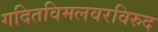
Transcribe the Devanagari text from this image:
गदितविमलवरविरुद